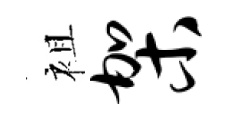
袓架